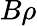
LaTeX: B\rho